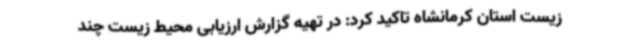
زیست استان کرمانشاه تاکید کرد: در تهیه گزارش ارزیابی محیط زیست چند